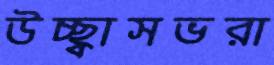
উচ্ছ্বাসভরা